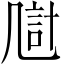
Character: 𪞴